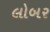
લોબર